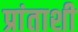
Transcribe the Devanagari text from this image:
प्रांताशी